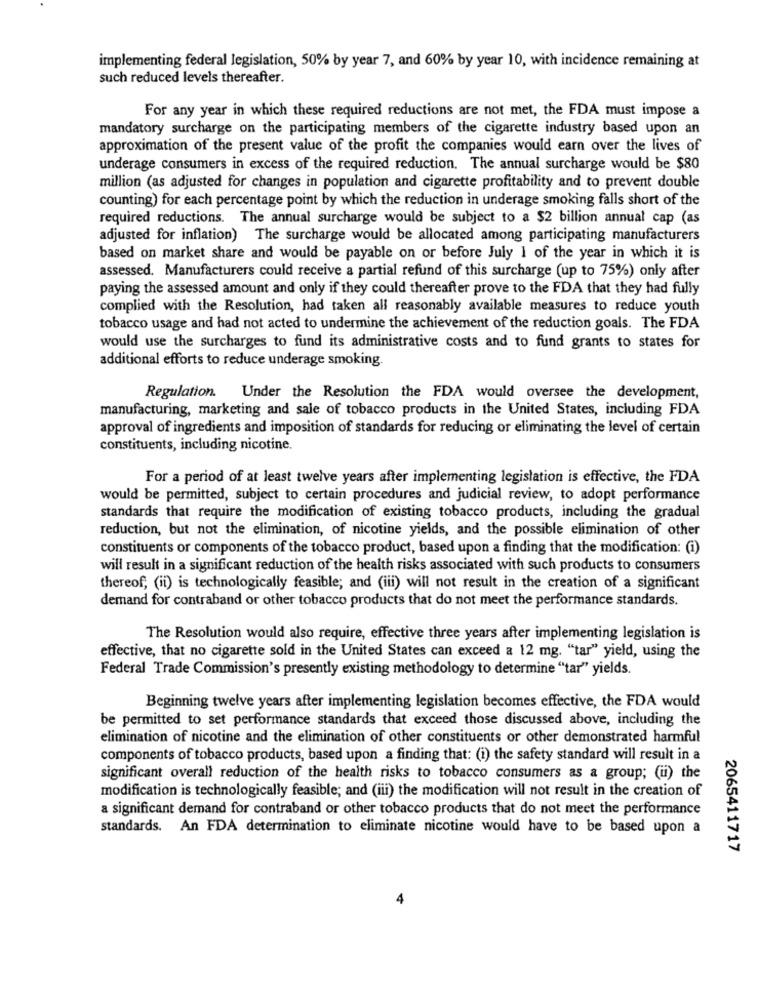
implementing federal legislation, 50% by year 7, and 60% by year 10, with incidence remaining at
such reduced levels thereafter.
For any year in which these required reductions are not met, the FDA must impose a
mandatory surcharge on the participating members of the cigarette industry based upon an
approximation of the present value of the profit the companies would earn over the lives of
underage consumers in excess of the required reduction. The annual surcharge would be $80
million (as adjusted for changes in population and cigarette profitability and to prevent double
counting) for each percentage point by which the reduction in underage smoking falls short of the
required reductions. The annual surcharge would be subject to a $2 billion annual cap (as
adjusted for inflation) The surcharge would be allocated among participating manufacturers
based on market share and would be payable on or before July 1 of the year in which it is
assessed. Manufacturers could receive a partial refund of this surcharge (up to 75%) only after
paying the assessed amount and only if they could thereafter prove to the FDA that they had fully
complied with the Resolution, had taken all reasonably available measures to reduce youth
tobacco usage and had not acted to undermine the achievement of the reduction goals. The FDA
would use the surcharges to fund its administrative costs and to fund grants to states for
additional efforts to reduce underage smoking.
Regulation. Under the Resolution the FDA would oversee the development,
manufacturing, marketing and sale of tobacco products in the United States, including FDA
approval of ingredients and imposition of standards for reducing or eliminating the level of certain
constituents, including nicotine,
For a period of at least twelve years after implementing legislation is effective, the FDA
would be permitted, subject to certain procedures and judicial review, to adopt performance
standards that require the modification of existing tobacco products, including the gradual
reduction, but not the elimination, of nicotine yields, and the possible elimination of other
constituents or components of the tobacco product, based upon a finding that the modification: (1)
will result in a significant reduction of the health risks associated with such products to consumers
thereof; (ii) is technologically feasible; and (iii) will not result in the creation of a significant
demand for contraband or other tobacco products that do not meet the performance standards.
The Resolution would also require, effective three years after implementing legislation is
effective, that no cigarette sold in the United States can exceed a 12 mg. "tar" yield, using the
Federal Trade Commission's presently existing methodology to determine "tar" yields.
Beginning twelve years after implementing legislation becomes effective, the FDA would
be permitted to set performance standards that exceed those discussed above, including the
elimination of nicotine and the elimination of other constituents or other demonstrated harmful
components of tobacco products, based upon a finding that: (i) the safety standard will result in a
significant overall reduction of the health risks to tobacco consumers as a group; (u) the
modification is technologically feasible; and (iii) the modification will not result in the creation of
a significant demand for contraband or other tobacco products that do not meet the performance
standards. An FDA determination to eliminate nicotine would have to be based upon a
2065411717
4